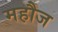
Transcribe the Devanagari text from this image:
महौज